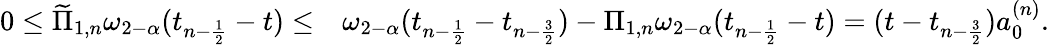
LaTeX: \begin{array}{rl}{0\le\widetilde{\Pi}_{1,n}\omega_{2-\alpha}(t_{n-\frac{1}{2}}-t)\le}&{\omega_{2-\alpha}(t_{n-\frac{1}{2}}-t_{n-\frac{3}{2}})-\Pi_{1,n}\omega_{2-\alpha}(t_{n-\frac{1}{2}}-t)=(t-t_{n-\frac{3}{2}})a_{0}^{(n)}.}\end{array}